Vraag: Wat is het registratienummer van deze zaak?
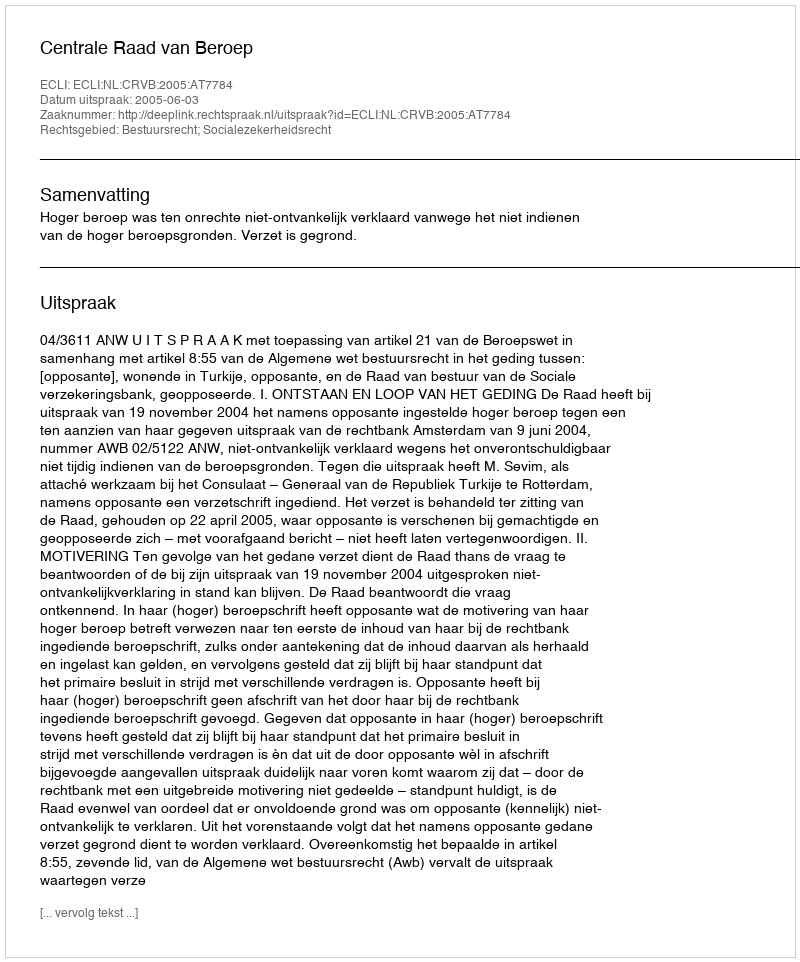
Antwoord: http://deeplink.rechtspraak.nl/uitspraak?id=ECLI:NL:CRVB:2005:AT7784